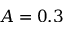
A = 0 . 3